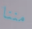
مننا